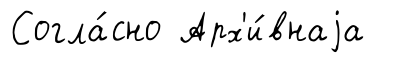
Согла́сно Арх'и́внаjа